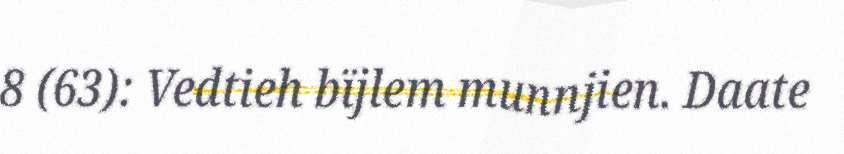
8 (63): Vedtieh bïjlem munnjien. Daate